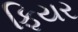
ફિયર